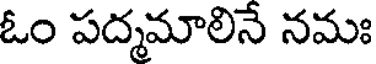
ఓం పద్మమాలినే నమః